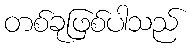
တစ်ခုဖြစ်ပါသည်